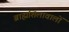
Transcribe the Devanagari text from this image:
ब्राह्मशिलावालों